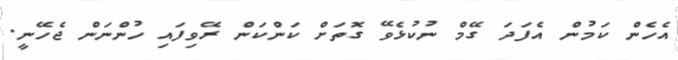
އެހެން ކަމުން އެފަދަ ގޭމް ނުކުޅެވޭ ގޮތަށް ކަންކަން ރޭވިފައި ހުންނަން ޖެހޭނީ.